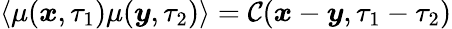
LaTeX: \left<\mu(\boldsymbol{x},\tau_{1})\mu(\boldsymbol{y},\tau_{2})\right>=\mathcal{C}(\boldsymbol{x}-\boldsymbol{y},\tau_{1}-\tau_{2})